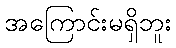
အကြောင်းမရှိဘူး